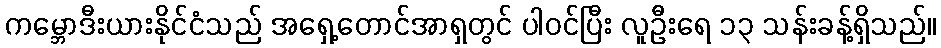
ကမ္ဘောဒီးယားနိုင်ငံသည် အရှေ့တောင်အာရှတွင် ပါဝင်ပြီး လူဦးရေ ၁၃ သန်းခန့်ရှိသည်။